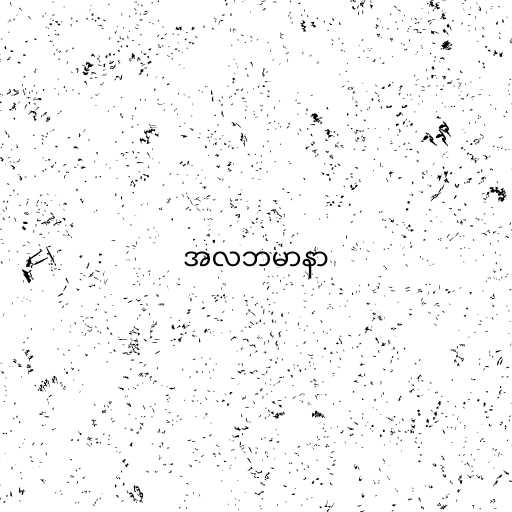
အလဘမာနာ